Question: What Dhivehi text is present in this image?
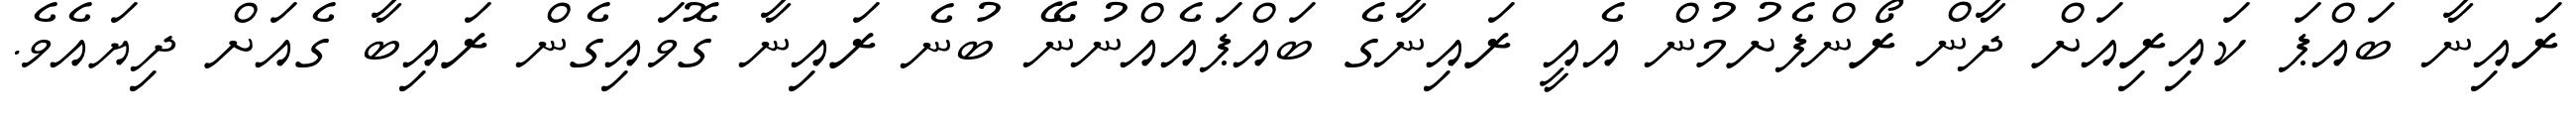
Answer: ރައިނާ ބައްޕަ ކައިރިއަށް ދާން ރޯންފެށުމުން އެއީ ރައިނާގެ ބައްޕައެއްނުނޭ ބުނެ ރައިނާ ގޮވައިގެން ރައިބާ ގެއަށް ދިޔައެވެ.